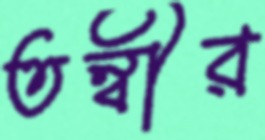
তন্বীর